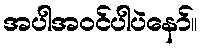
အပါအဝင်ပါပဲနော်။